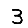
Digit: 3